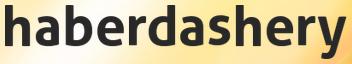
haberdashery